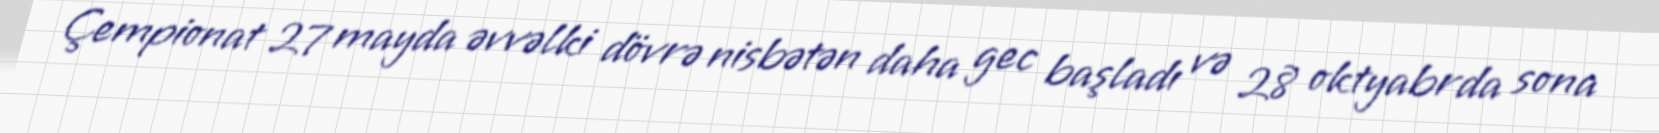
Çempionat 27 mayda əvvəlki dövrə nisbətən daha gec başladı və 28 oktyabrda sona